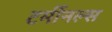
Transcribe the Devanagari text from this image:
टर्मीनल्स